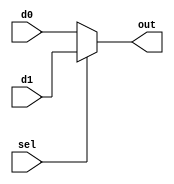
`timescale 1ns / 1ps
//////////////////////////////////////////////////////////////////////////////////
// Company: 
// Engineer: 
// 
// Design Name: 
// Module Name: mux2
// Project Name: 
// Target Devices: 
// Tool Versions: 
// Description: 
// 
// Dependencies: 
// 
// Revision:
// Revision 0.01 - File Created
// Additional Comments:
// 
//////////////////////////////////////////////////////////////////////////////////


module MUX2 #(parameter Data_width = 4)(
input [Data_width - 1:0] d0, d1,
input sel,
output reg [Data_width - 1:0] out 
);

always @ (d0, d1, sel)
begin
        if (sel)
            out <= d1;
        else
            out <= d0;
end
endmodule